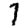
Digit: 7